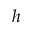
h